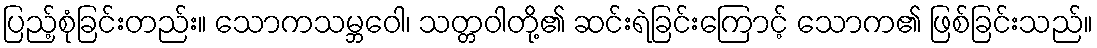
ပြည့်စုံခြင်းတည်း။ သောကသမ္ဘဝေါ၊ သတ္တဝါတို့၏ ဆင်းရဲခြင်းကြောင့် သောက၏ ဖြစ်ခြင်းသည်။